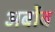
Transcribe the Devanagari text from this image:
अर्बोब